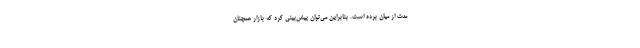
مدت از میان برده است. بنابراین می‌توان پیش‌بینی کرد که بازار همچنان